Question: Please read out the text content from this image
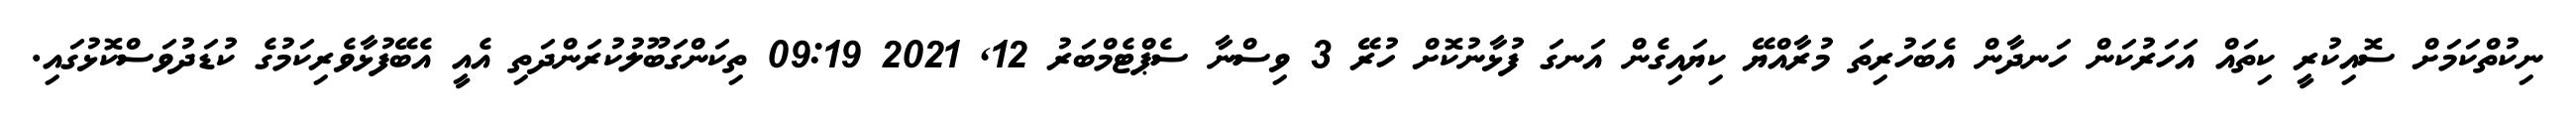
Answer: ނިކުތްކަމަށް ސޮއިކުރީ ކިތައް އަހަރުކަން ހަނދާން އެބަހުރިތަ މުރާއްޔޭ ކިޔައިގެން އަނގަ ފުޅާނުކޮށް ހުރޭ 3 ވިސްނާ ސެޕްޓެމްބަރު 12, 2021 09:19 ތިކަންގަބޫލުކުރަންދަތި އެއީ އެބޭފުޅާވެރިކަމުގެ ކުޑަދުވަސްކޮޅުގައި.